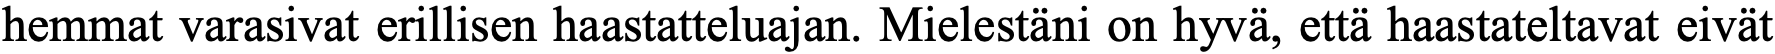
hemmat varasivat erillisen haastatteluajan. Mielestäni on hyvä, että haastateltavat eivät